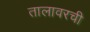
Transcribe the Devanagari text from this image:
तालावरची